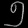
Digit: ၅